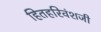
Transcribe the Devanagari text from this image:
हितहरिवंशजी